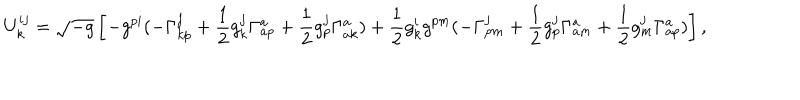
U _ { k } ^ { i j } = \sqrt { - g } \left[ - g ^ { p i } ( - \Gamma _ { k p } ^ { j } + \frac { 1 } { 2 } g _ { k } ^ { j } \Gamma _ { a p } ^ { a } + \frac { 1 } { 2 } g _ { p } ^ { j } \Gamma _ { a k } ^ { a } ) + \frac { 1 } { 2 } g _ { k } ^ { i } g ^ { p m } ( - \Gamma _ { p m } ^ { j } + \frac { 1 } { 2 } g _ { p } ^ { j } \Gamma _ { a m } ^ { a } + \frac { 1 } { 2 } g _ { m } ^ { j } \Gamma _ { a p } ^ { a } ) \right] ,